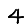
Digit: 4